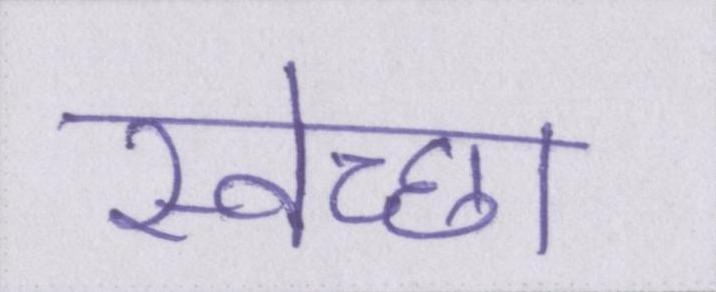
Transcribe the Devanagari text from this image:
स्वेच्छा